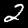
Digit: 2